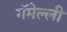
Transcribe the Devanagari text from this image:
गॅमेल्ली